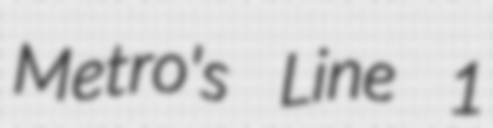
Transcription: Metro's Line 1